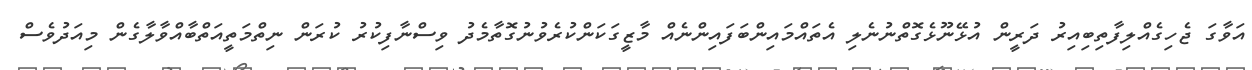
އަވާގަ ޖެހިގެއްލިފާތިބިއިރު ދަރީން އުޅޭނޫޅެގޮތްނުނެލި އެތައްމައިންބަފައިންނެއް މާޒީގަކަންކުރެވުނުގޮތާމެދު ވިސްނާފިކުރު ކުރަން ނިތްމަތީއަތްބާއްވާލާގެން މިއަދުވެސް